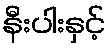
နီးပါးနှင့်